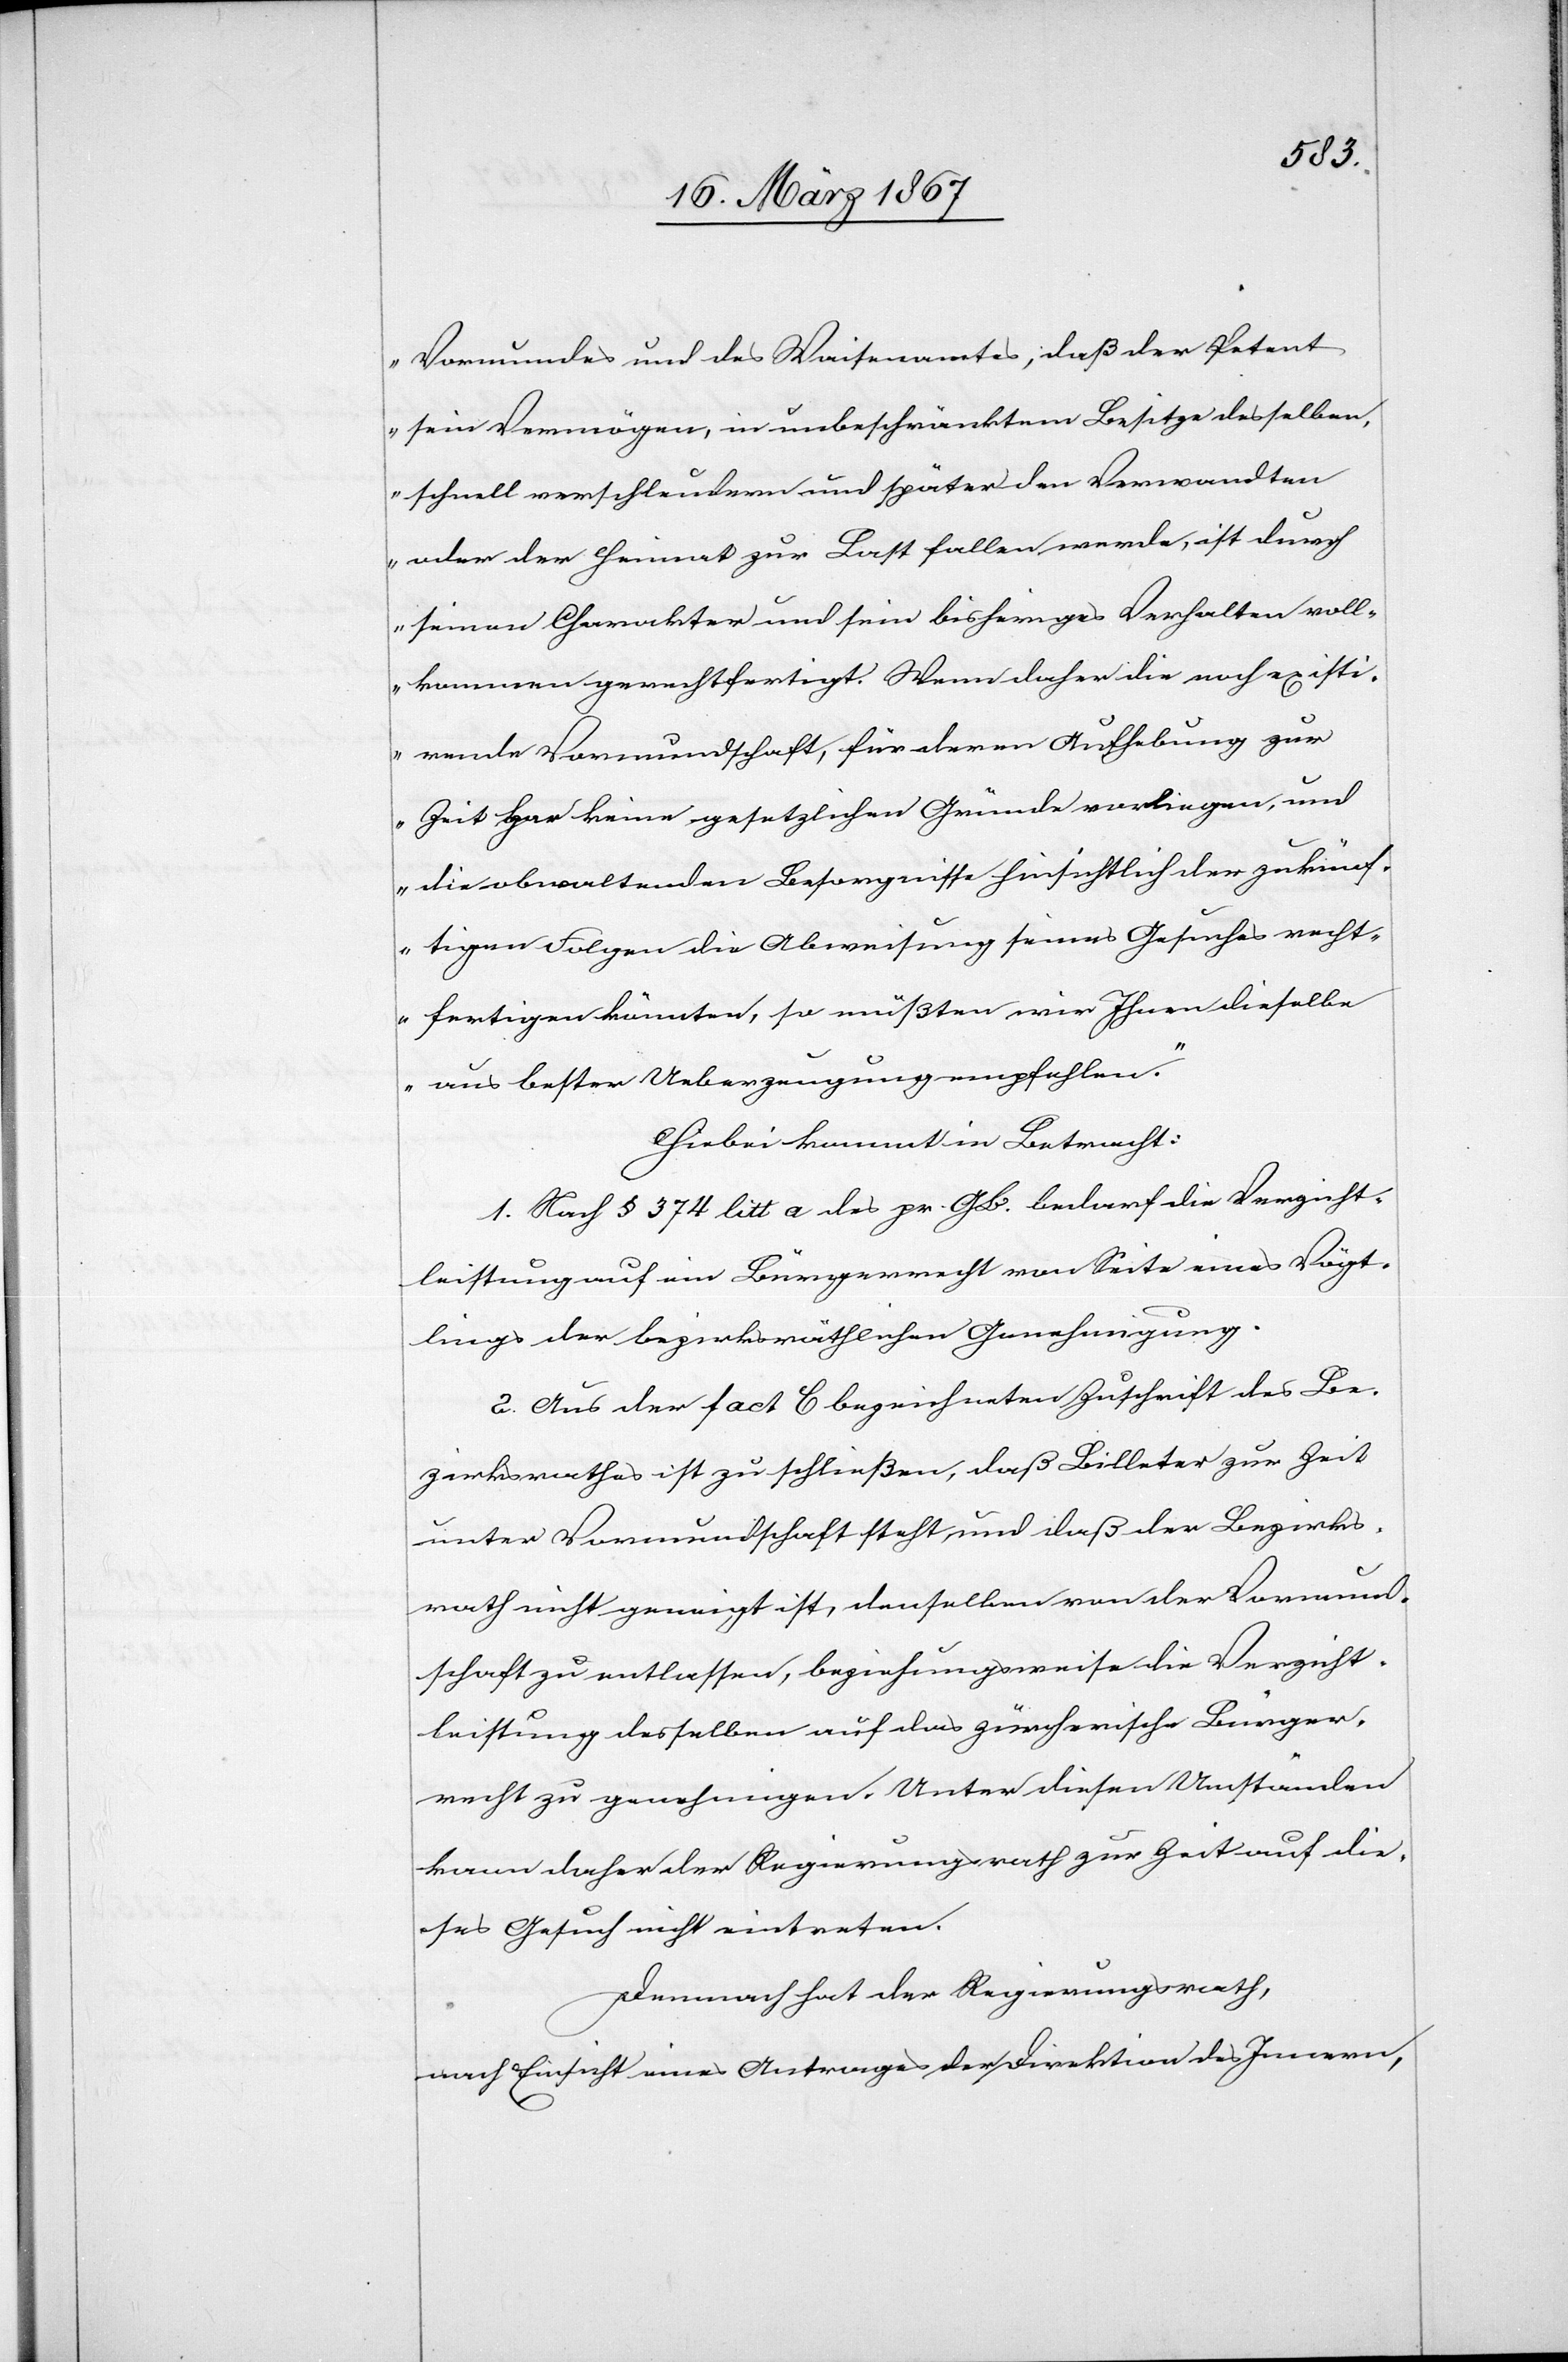
Vormundes und des Waisenamtes, daß der Petent
sein Vermögen, in unbeschränktem Besitze desselben,
schnell verschleudern und später den Verwandten
oder der Heimat zur Last fallen werde, ist durch
seinen Charakter und sein bisheriges Verhalten voll¬
kommen gerechtfertigt. Wenn daher die noch existi¬
rende Vormundschaft, für deren Aufhebung zur
Zeit gar keine gesetzlichen Gründe vorliegen, und
die obwaltenden Besorgnisse hinsichtlich der zukünf¬
tigen Folgen die Abweisung seines Gesuches recht¬
fertigen könnten, so müßten wir Ihnen dieselbe
aus bester Ueberzeugung empfehlen.“
Hiebei kommt in Betracht:
1. Nach § 374 litt a des pr. GB. bedarf die Verzicht¬
leistung auf ein Bürgerrecht von Seite eines Vögt¬
lings der bezirksräthlichen Genehmigung.
2. Aus der fact C bezeichneten Zuschrift des Be¬
zirksrathes ist zu schließen, daß Billeter zur Zeit
unter Vormundschaft steht und daß der Bezirks¬
rath nicht geneigt ist, denselben von der Vormund¬
schaft zu entlassen, beziehungsweise die Verzicht¬
leistung desselben auf das zürcherische Bürger¬
recht zu genehmigen. Unter diesen Umständen
kann daher der Regierungsrath zur Zeit auf die¬
ses Gesuch nicht eintreten.
Demnach hat der Regierungsrath,
nach Einsicht eines Antrages der Direktion des Innern,